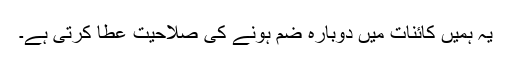
یہ ہمیں کائنات میں دوبارہ ضم ہونے کی صلاحیت عطا کرتی ہے۔